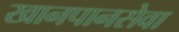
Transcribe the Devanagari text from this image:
खानपानसेवा